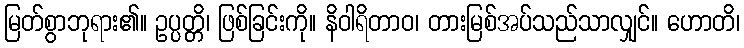
မြတ်စွာဘုရား၏။ ဥပ္ပတ္တိ၊ ဖြစ်ခြင်းကို။ နိဝါရိတာဝ၊ တားမြစ်အပ်သည်သာလျှင်။ ဟောတိ၊